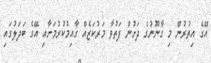
އޭގެ އިތުރުން މި ގާނޫނުގެ ދަށުން ފަތުވާ މަރުކަޒެއް ގާއިމުކުރުމަށާއި އޭގެ ބަދަލުގައި